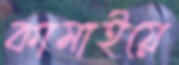
কামাইয়ে